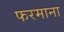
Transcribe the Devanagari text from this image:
फरमाना